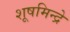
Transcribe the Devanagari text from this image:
शूषमिन्द्रे